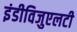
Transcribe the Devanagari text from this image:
इंडीविजुएलटी